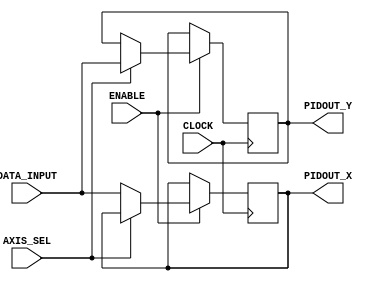
module output_2ch_latch (CLOCK, ENABLE, AXIS_SEL, DATA_INPUT, PIDOUT_X, PIDOUT_Y);

input CLOCK;
input AXIS_SEL;
input ENABLE;

input [31:0] DATA_INPUT;

output [31:0] PIDOUT_X;
output [31:0] PIDOUT_Y;

reg [31:0] tmp_x;
reg [31:0] tmp_y;

always @(posedge CLOCK)
begin

	if(ENABLE)
	begin
		
		if(AXIS_SEL) tmp_y <= DATA_INPUT;
		else tmp_x <= DATA_INPUT;
		
	end

end

assign PIDOUT_X = tmp_x;
assign PIDOUT_Y = tmp_y;

endmodule